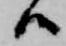
候